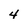
Character: 4